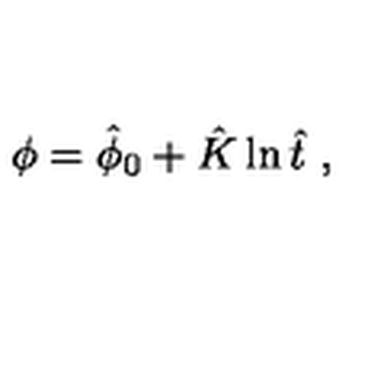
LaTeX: \phi = \hat { \phi } _ { 0 } + \hat { K } \ln \hat { t } \ ,